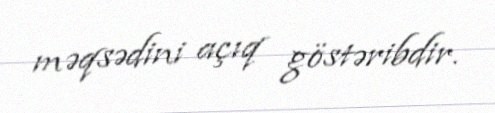
məqsədini açıq göstəribdir.